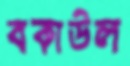
বকাউল